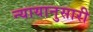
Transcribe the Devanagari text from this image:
न्यायानुसारी